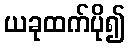
ယခုထက်ပို၍